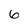
Character: 6